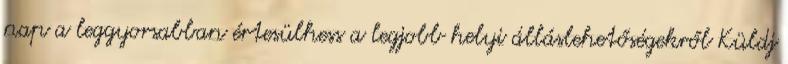
nap a leggyorsabban értesülhess a legjobb helyi álláslehetőségekről Küldj